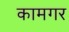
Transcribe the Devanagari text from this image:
कामगर